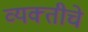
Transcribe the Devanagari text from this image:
व्यक्‍तीचे